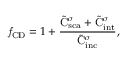
\mathit { f } _ { \mathrm { { C D } } } = 1 + \frac { \tilde { \mathrm { { C } } } _ { \mathrm { { s c a } } } ^ { \sigma } + \tilde { \mathrm { { C } } } _ { \mathrm { { i n t } } } ^ { \sigma } } { \tilde { \mathrm { { C } } } _ { \mathrm { { i n c } } } ^ { \sigma } } ,